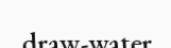
draw-water